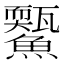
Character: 𩼭